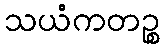
သယံကတဉ္စ